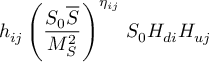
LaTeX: h _ { i j } \left( \frac { S _ { 0 } { \overline { { S } } } } { M _ { S } ^ { 2 } } \right) ^ { \eta _ { i j } } \, S _ { 0 } H _ { d i } H _ { u j }